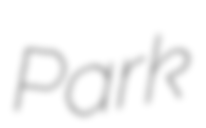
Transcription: Park